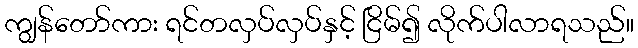
ကျွန်တော်ကား ရင်တလှပ်လှပ်နှင့် ငြိမ်၍ လိုက်ပါလာရသည်။